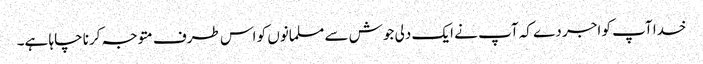
خدا آپ کو اجر دے کہ آپ نے ایک دلی جوش سے مسلمانوں کو اس طرف متوجہ کرنا چاہا ہے۔